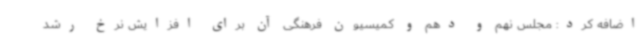
اضافه کرد: مجلس نهم و دهم و کمیسیون فرهنگی آن برای افزایش نرخ رشد